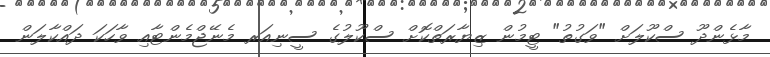
މާޅެންދޫ ސްކޫލަށް "ވަގުތު" ޓީމުން ޒިޔާރަތްކޮށް ސްކޫލުގެ ސީނިއަރ މެނޭޖްމެންޓާއި ވާހަކަ ދައްކާލަން